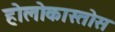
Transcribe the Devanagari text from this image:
होलोकास्तोस